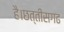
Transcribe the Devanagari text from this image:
है।छत्तीसगढ